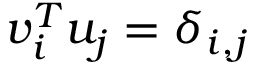
v _ { i } ^ { T } u _ { j } = \delta _ { i , j }